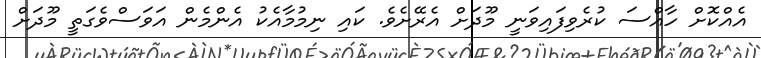
އެއްކޮށް ހާއްސަ ކުރެވިފައިވަނީ މޫދަށް އެރޭށެވެ. ކައި ނިމުމާއެކު އެންމެން އަވަސްވެގަތީ މޫދަށް